Vital statistics of India. Vol. V, Reports of 1876 on armies & jails and on epidemic cholera
Year: 1876
Disease focus: Cholera
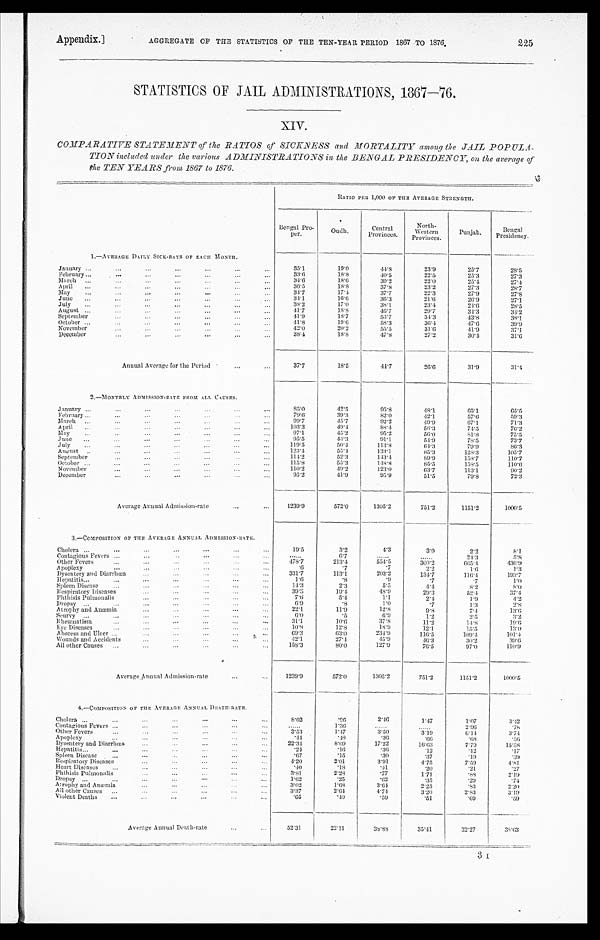
AGGREGATE OF THE STATISTICS OF THE TEN-YEAR PERIOD 1867 TO 1876.
Appendix.]
225
STATISTICS OF JAIL ADMINISTRATIONS, 1867-76.
XIV.
COMPARATIFE STATEMENT of the RATIOS of SICKNESS and MORTALITY among the JAIL POPULATION
included under the various ADMINISTRATIONS in the BENGAL PRESIDENCY, on the average of
the TEN YEARS from 1867 to 1876.
RATIO PER 1,000 OF THE AVERAGE STRENGTH.
Bengal Pro
per.
Oudh.
Central
Provinces.
North-
Western
Provinces.
Punjab.
B e n g a l
Presidency.
1.—AVERAGE DAILY SICK-RATE OF EACH MONTH.
January ...
. . .
...
...
...
. . .
. . .
35.1
10.0
44.8
23.9
25.7
28.5
February ...
...
. . .
. . .
...
...
...
33.6
18.8
40.5
22.5
25.3
27.3
March
...
. . .
. . .
. . .
. . .
. . .
...
34.6
18.6
39.2
22.0
25.4
27.4
April
...
. . .
...
...
. . .
...
...
36.5
18.8
37.8
23.2
27.3
2 8 . 7
May ...
. . .
. . .
. . .
...
. . .
. . .
34.7
17.4
37.7
22.3
27.9
27.8
...
June
. . .
. . .
...
. . .
...
. . .
34.1
16.6
36.3
21.6
26. 9
27.1
July ...
...
...
. . .
...
. . .
. . .
38.2
17.0
38.1
23.1
24. 6
28.5
August ...
. . .
. . .
. . .
. . .
. . .
...
41.7
18.8
10.7
29.7
34.3
34.2
September
...
. . .
. . .
...
. . .
...
41.9
18.7
53.7
34.3
43.8
38.1
October ...
. . .
. . .
. . .
. . .
. . .
. . .
41.8
19.6
58.3
36.4
47.6
39.9
November
...
. . .
. . .
. . .
. . .
. . .
42.0
20. 2
55.5
31.6
41.9
3 7 . 1
December
. . .
. . .
. . .
. . .
. . .
. . .
38.4
18. 8
47.8
27.2
30.4
31.0
Annual Average for the Period
...
. . .
37.7
18.5
4 4 . 7
26.6
31.9
31.4
2.—MONTHLY ADMISSION-RATE FROM ALL CAUSES.
January ...
...
...
... ... ... ...
85.0
42.5
95.8
48.1
65.1
65.5
February ...
...
... ... ... ... ...
79.6
39.3
82.0
4 2 . 1
57.6
59.3
March
... ... ...
...
... ...
...
99.7
45.7
92.2
4 9 . 9
67.1
71.3
April
...
...
...
... ... ...
...
103.3
49.4
88.4
56.3
74.5
76.2
May
... ... ... ... ...
...
...
97.1
45.2
95.2
56.0
81.8
75.5
June ...
... ...
...
...
...
...
95.5
44.3
91.1
54.9
78.5
73.7
J uly
... ... ...
...
...
...
...
119.5
50.4
113.8
64.3
79.9
86.3
August
..
... ... ... ... ... ...
123.4
55. 4
133.1
85.3
128.3
105. 7
September
... ... ... ... ... ...
114.2
52.3
143.4
89.9
158.7
110.7
October
...
...
...
...
...
...
...
115.8
55.3
148.8
85.5
158.5
110.6
November
... ... ... ... ... ...
110.2
49.2
123.0
6 3 . 7 113.1
90.2
December
...
...
...
...
...
...
95.2
41.9
95.9
51.5
79.8
72.3
Average Annual Admission-rate
...
...
1239.9
572.0
1305.2
751.2
1151.2
1000.5
3.—COMPOSITION OF THE AVERAGE ANNUAL ADMISSION-RATE.
Cholera ...
. . .
. . .
. . .
. . .
. . .
. . .
19.5
3.2
4.3
3.0
2.2
8.1
Contagious Fevers ...
. . .
. . .
. . .
. . .
. . .
... ...
6.7
... ... ... ...
24.3
5 . 8
Other Fevers
...
...
. . .
. . .
. . .
...
478.7
213.4
554.5
300.2
6 6 5 . 4
436.9
A poplexy
...
...
. . .
. . .
. . .
. . .
.6
.7
.7
2.2
1 . 6
1.3
Dysentery and Diarrhœa
... ... ... ... ...
331.7
113.1
203.2
134.7
116.4
193.7
Hepatitis ... ...
...
... ... ... ...
1. 6
.8
.9
.7
.7
1.0
Spleen Disease
...
...
...
...
...
...
14.3
2.3
5.5
4 . 4
8.2
8.0
Respiratory Diseases
... ... ... ... ...
39.3
19. 4
48.9
29.3
52.4
37.4
Phthisis Pulmonalis
...
... ...
...
...
7. 6
5.4
1.1
2.4
1.9
4.2
Dropsy
...
... ... ... ... ... ...
6.9
.8
1.0
.7
1.3
2.8
Atrophy and Anæmia
... ... ... ... ...
22.1
11.9
12.8
9.8
7 . 4
1 3 . 6
Scurvy
...
... ... ... ... ... ...
6 . 0
.5
6.9
1.2
2.5
3.2
Rheumatism
... ... ... ... ... ...
31.1
10. 6
37.8
11.2
14.8
19.6
Eye Diseases
...
...
... ... ... ...
10.8
12.8
18.9
12.1
15.5
13.0
Abscess and Ulcer
...
... ... ... ... ...
69.3
63.0
234.9
116.5
109.1
101.4
Wounds and Accidents
... ... ... ... ...
42.1
27.4
45.9
4 6 . 3
30.2
39.6
All other Causes
... ... ... ... ... ...
158.3
80.0
127.9
76.5
97.0
110.9
Average Annual Admission-rate
... ...
1239.9
572.0
1305.2
751.2
1151.2
1000.5
4.—COMPOSITION OF THE AVERAGE ANNUL DEATH-RATE.
Cholera ...
. . .
. . .
...
. . .
. . .
...
8.02
.96
2. 46
1.47
1.07
3.4 2
Contagious Fevers ...
. . .
. . .
. . .
. . .
. . .
. . .
. . .
1. 36
. . .
. . .
......
2.96
.78
Other Fevers
. . .
. . .
. . .
. . .
. . .
. . .
3.53
1.47
3.50
3.19
6.14
3.74
Apoplexy
. . .
...
. . .
. . .
. . .
. . .
.44
.48
. 3 6
. 6 6
.68
. 5 6
Dysentery and Diarrhœa
. . .
. . .
...
. . .
. . .
22.34
8.09
17.22
16.63
7.79
15.58
Hepatitis...
. . .
...
. . .
. . .
. . .
. . .
.24
. 16
. 3 6
.12
.12
.17
Spleen Disease
...
...
. . .
...
. . .
. . .
.67
.15
.30
.37
.19
.39
Resphiratory Diseases
. . .
. . .
. . .
. . .
. . .
4.20
2.01
3.91
4 . 7 5
7.50
4.81
Heart Diseases
. . .
. . .
. . .
. . .
. . .
. . .
.40
.18
. 4 1
.20
.21
.27
Phthisis Pulmonalis
. . .
. . .
. . .
. . .
. . .
3.81
2.28
.77
1.71
.88
2.19
Dropsy
. . .
. . .
. . .
. . .
. . .
. . .
1.62
.25
.62
.35
. 29
.74
Atropily and Anæmia
. . .
. . .
...
. . .
...
3.02
1. 68
3.11
2.25
.83
2.20
All other Causes
...
. . .
. . .
. . .
. . .
. . .
3.37
2.64
4.74
3.20
2.83
3.19
Violent Deaths
. . .
...
...
...
...
. . .
.65
.40
.59
.51
.69
.59
Average Annual Death-rate
...
. . .
52.31
22.11
38.88
35.41
32.27
38. 63
3 I